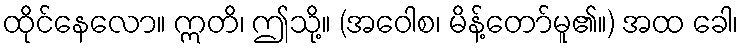
ထိုင်နေလော။ ဣတိ၊ ဤသို့။ (အဝေါစ၊ မိန့်တော်မူ၏။) အထ ခေါ၊